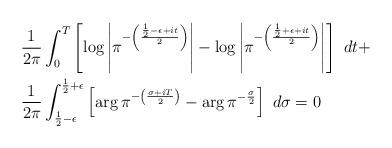
LaTeX: \begin{align*}& \frac{1}{2\pi } \int_{0}^{T}\left[\log \left| \pi^{-\left(\frac{\frac{1}{2}-\epsilon+it}{2}\right)}\right|-\log \left| \pi^{-\left(\frac{\frac{1}{2}+\epsilon+it}{2}\right)}\right|\right]\ dt+\\ &\frac{1}{2\pi} \int_{\frac{1}{2}-\epsilon}^{\frac{1}{2}+\epsilon} \left[\arg \pi^{-\left(\frac{\sigma+iT}{2}\right)}-\arg \pi^{-\frac{\sigma}{2}}\right]\ d\sigma=0 \end{align*}